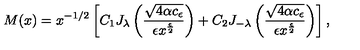
M ( x ) = x ^ { - 1 / 2 } \left[ C _ { 1 } J _ { \lambda } \left( \frac { \sqrt { 4 \alpha c _ { \epsilon } } } { \epsilon x ^ { \frac { \epsilon } { 2 } } } \right) + C _ { 2 } J _ { - { \lambda } } \left( \frac { \sqrt { 4 \alpha c _ { \epsilon } } } { \epsilon x ^ { \frac { \epsilon } { 2 } } } \right) \right] ,